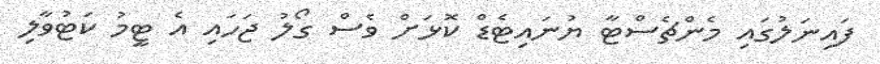
ފައިނަލުގައި މެންޗެސްޓާ ޔުނައިޓެޑް ކޮޅަށް ވެސް ގޯލު ޖަހައި އެ ޓީމު ކަޓުވާލި